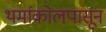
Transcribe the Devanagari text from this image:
थर्माकोलपासून